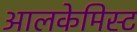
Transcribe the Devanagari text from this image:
आलकेमिस्ट